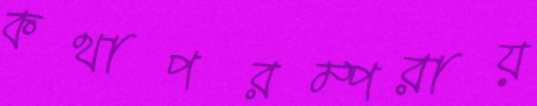
কথাপরম্পরায়